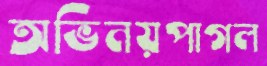
অভিনয়পাগল